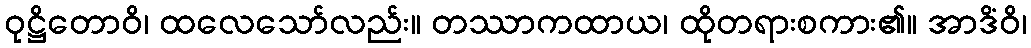
ဝုဋ္ဌိတောဝိ၊ ထလေသော်လည်း။ တဿာကထာယ၊ ထိုတရားစကား၏။ အာဒိံဝိ၊